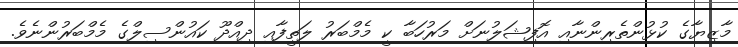
މާޒިޔާގެ ކުޅުންތެރިންނާއި އޮފިޝަލުނަށް މަރުހަބާ ކީ މެމްބަރު ލަތީފާއި ދިއްދޫ ކައުންސިލްގެ މެމްބަރުންނެވެ.